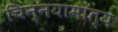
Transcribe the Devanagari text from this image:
चिन्नयामात्य